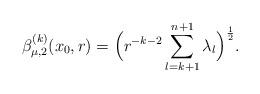
LaTeX: \begin{align*}\beta^{(k)}_{\mu,2}(x_0, r) = \Big(r^{-k-2}\sum_{l=k+1}^{n+1}\lambda_{l}\Big)^{\frac12}.\end{align*}